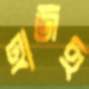
হাজছ